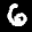
Label: 6